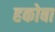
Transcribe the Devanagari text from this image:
हकोबा